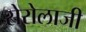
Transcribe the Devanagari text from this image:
सेरोलाजी